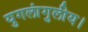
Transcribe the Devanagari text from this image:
युगलांगुलीय।